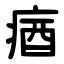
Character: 㾞